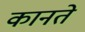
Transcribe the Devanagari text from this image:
कानते